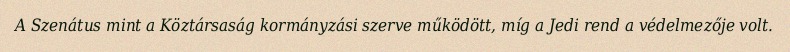
A Szenátus mint a Köztársaság kormányzási szerve működött, míg a Jedi rend a védelmezője volt.